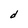
Character: d